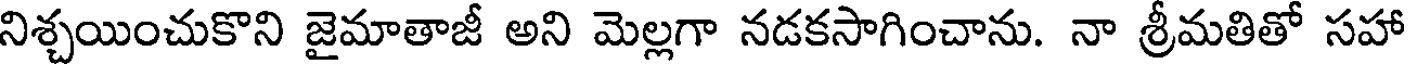
నిశ్చయించుకొని జైమాతాజీ అని మెల్లగా నడకసాగించాను. నా శ్రీమతితో సహా